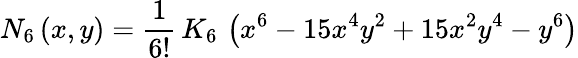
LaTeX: N_{6}\left(x,y\right)=\frac{1}{6!}\, K_{6}\, \left(x^{6}-15x^{4}y^{2}+15x^{2}y^{4}-y^{6}\right)